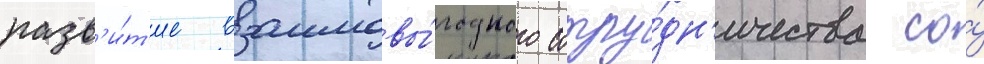
разв'и́т'ие взаимовы́годного сотру́дн'ичества со́